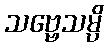
သဗ္ဗေသမ္ပိ